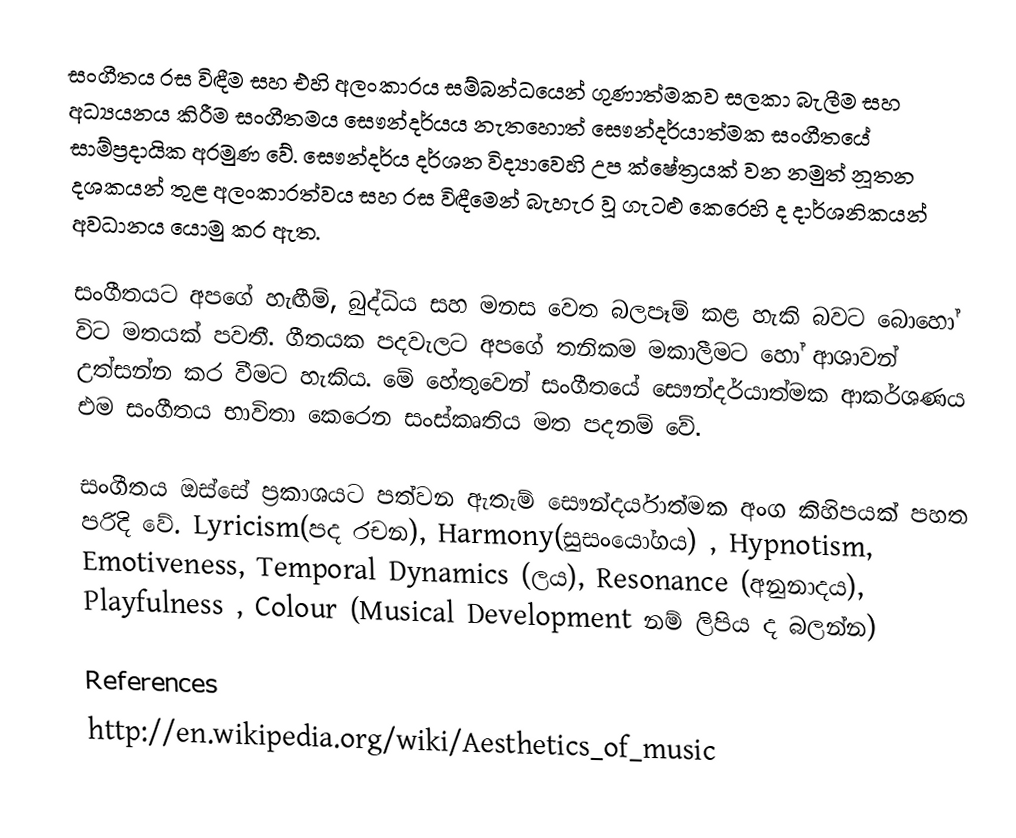
සංගීතය රස විඳීම සහ එහි අලංකාරය සම්බන්ධයෙන් ගුණාත්මකව සලකා බැලීම සහ අධ්‍යයනය කිරීම සංගීතමය සෞන්දර්යය නැතහොත් සෞන්දර්යාත්මක සංගීතයේ සාම්ප්‍රදායික අරමුණ වේ. සෞන්දර්ය දර්ශන විද්‍යාවෙහි උප ක්ෂේත්‍රයක් වන නමුත් නූතන දශකයන් තුළ අලංකාරත්වය සහ රස විඳීමෙන් බැහැර වූ ගැටළු කෙරෙහි ද දාර්ශනිකයන් අවධානය යොමු කර ඇත.

සංගීතයට අපගේ හැඟීම්, බුද්ධිය සහ මනස වෙත බලපෑම් කළ හැකි බවට බොහෝ විට මතයක් පවතී. ගීතයක පදවැලට අපගේ තනිකම මකාලීමට හෝ ආශාවන් උත්සන්න කර වීමට හැකිය. මේ හේතුවෙන් සංගීතයේ සෞන්දර්යාත්මක ආකර්ශණය එම සංගීතය භාවිතා කෙරෙන සංස්කෘතිය මත පදනම් වේ.

සංගීතය ඔස්සේ ප්‍රකාශයට පත්වන ඇතැම් සෞන්දර්යාත්මක අංග කිහිපයක් පහත පරිදි වේ. Lyricism(පද රචන), Harmony(සුසංයෝගය) , Hypnotism, Emotiveness, Temporal Dynamics (ලය), Resonance (අනුනාදය), Playfulness , Colour (Musical Development නම් ලිපිය ද බලන්න)

References
http://en.wikipedia.org/wiki/Aesthetics_of_music